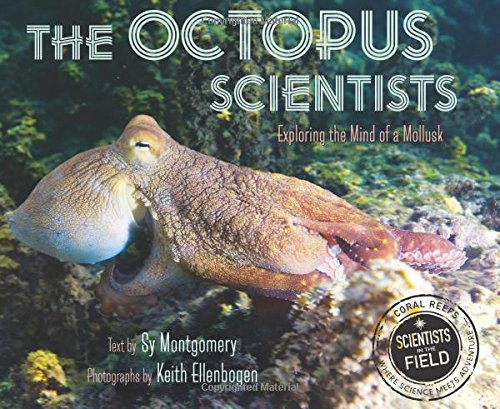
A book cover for The Octopus Scientists (Scientists in the Field Series); Sy Montgomery; Children's Books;